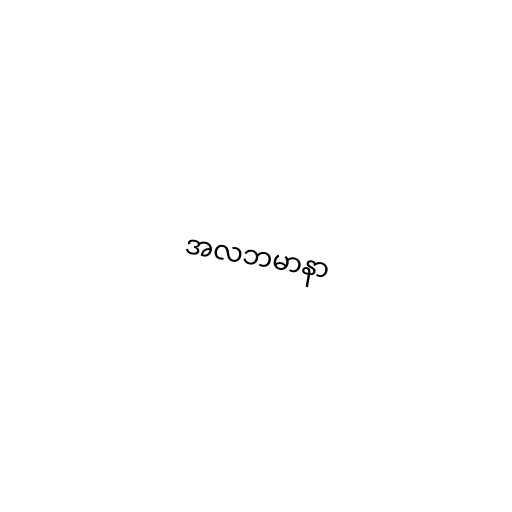
အလဘမာနာ